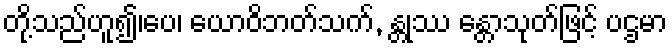
တို့သည်ဟူ၍၊ပေ၊ ယောဝိဘတ်သက်, န္တုဿ န္တောသုတ်ဖြင့် ပဌမာ